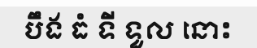
បឹង ធំ ទី ទួល នោះ